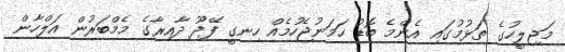
މަޖިލީހުގެ ތަޅުމުގައި އެންމެ ބޮޑު ހަމަނުޖެހުމެއް ހިނގީ ފޭދޫ ދާއިރާގެ މެމްބަރުން އަލްހާން